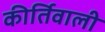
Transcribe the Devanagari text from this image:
कीर्तिवाली